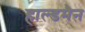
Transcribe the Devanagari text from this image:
हाल्डमैन